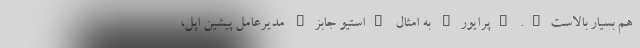
هم بسیار بالاست". "پرایور" به امثال "استیو جابز" مدیر‌عامل پیشین اپل،‌